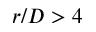
r / D > 4